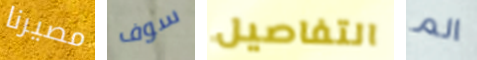
مصيرنا سوف التفاصيل الم